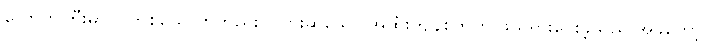
လောကကြီးမှာ ငါတစ်ယောက်တည်းပါလားဆိုသော အထီးကျန်စိတ်ကို ဖယ်ရှားပေးခဲ့သည်။အခုတော့